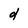
Character: d